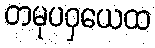
တမုပဝှယေထ